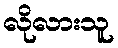
လိုလားသူ